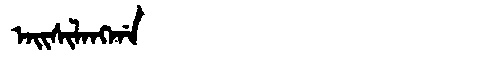
Manchu: ᠠᡳᠰᡳᠯᠠᠩᡤᠠ
Romanization: AISILANGGA